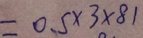
= 0 . 5 \times 3 \times 8 1